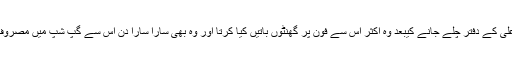
فرمان علی کے دفتر چلے جانے کیبعد وہ اکثر اس سے فون پر گھنٹوں باتیں کیا کرتا اور وہ بھی سارا سارا دن اس سے گپ شپ میں مصروف رہتی۔